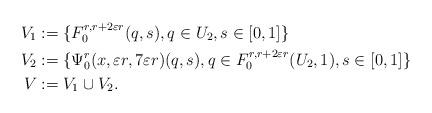
LaTeX: \begin{align*}V_1&: = \{ F_0^{r, r + 2\varepsilon r}(q, s), q\in U_2, s \in [0, 1]\}\\V_2&: = \{ \Psi^{r}_0(x, \varepsilon r, 7 \varepsilon r)(q, s), q \in F_0^{r, r + 2\varepsilon r}(U_2, 1), s \in [0, 1]\}\\V&: = V_1 \cup V_2. \end{align*}